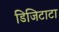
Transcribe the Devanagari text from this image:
डिजिटाटा